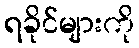
ရခိုင်များကို